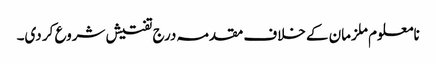
نامعلوم ملزمان کے خلاف مقدمہ درج تفتیش شروع کر دی۔